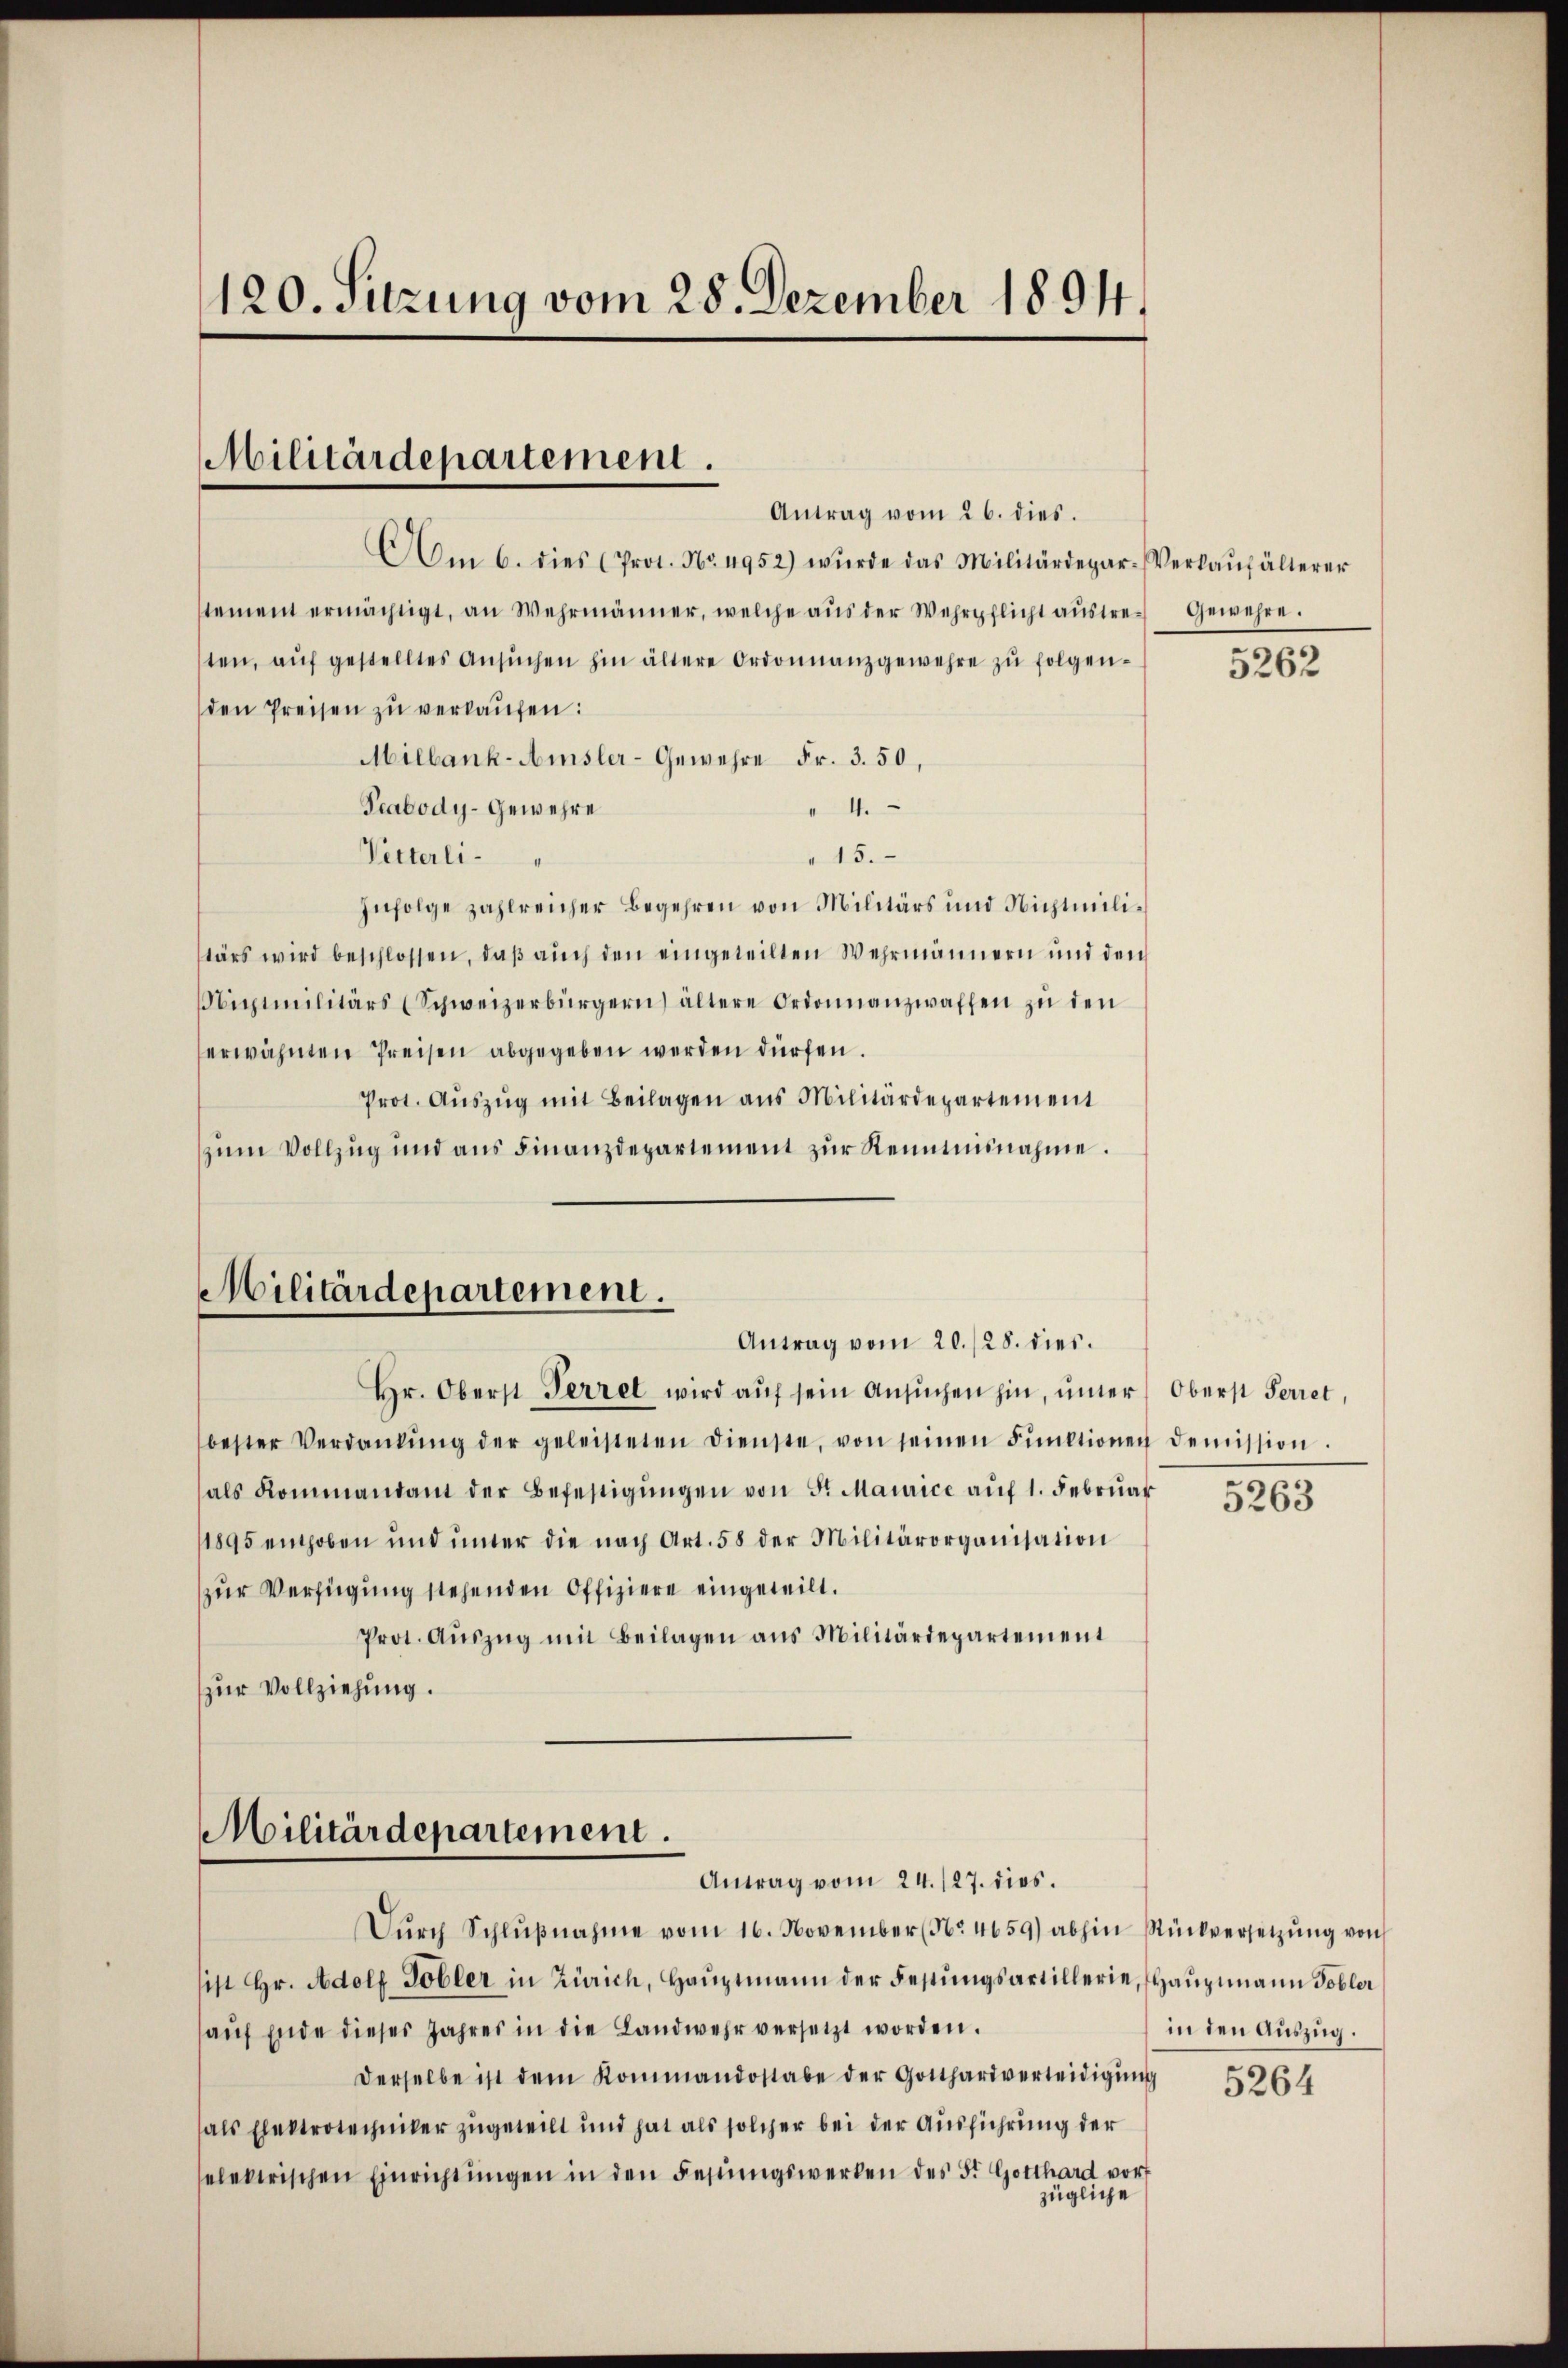
120. Sitzung vom 28. Dezember 1894.

Militärdepartement.

Antrag vom 26. dies
Am 6. dies (Prot. No. 4952) wŭrde das Militärdepar-Verkaŭfälterer
stement ermächtigt, an Wehrmänner, welche aŭs der Wehrpflicht aŭstre Gewehre.
ten, aŭf gestelltes Ansŭchen hin ältere Ordonnanzgewehre zŭ folgen-
den Preisen zu verkaufen:
Millank-Amsler-Gewehre Fr. 3. 50,
Prabody-Gewehre
" 4.
" 15.
Petterli.
Infolge zahlreicher Begehren von Militärs und Nichtmilitärs wird beschlossen, daβ aŭch den eingeteilten Wehrmännern und den
iximilitärs (Schweizerbürgern) ältere Ordonnanzwaffen zu den
erwähnten Preisen abgegeben werden dürfen.
Prot. Aŭszŭg mit Beilagen aus Militärdepartement
zum Vollzug und aus Finanzdepartement zur Kenntnisnahme.
Militärdepartement.
Antrag vom 20./28. dies
Hr. Oberst Perret wird aŭf sein Ansŭchen hin, inter Oberst Feriet,
bester Verdankŭng der geleisteten Dienste, von seinen Funktionen demission.
als Kommandant der Befestigŭngen von Fr. Mairice aŭf 1. Febrŭar
1895 enthoben und unter die nach Art. 58 der Militärorganisation
zur Verfügung stehenden Offiziere eingeteilt.
Prot. Aŭszŭg mit Beilagen ans Militärdepartement
zur Vollziehung.

Dŭrch Schlŭβnahme vom 16. November (No. 4659) abhin Rückversetzŭng von
sist Hr. Adolf Tobler in Zürich, Haŭptmann der Festungsartillerie, (Haŭptmann Tobler
aŭf Ende dieses Jahres in die Landwehr versetzt worden.
derselbe ist dem Kommandostabe der Gotthardverteidigŭng
als Elektrotechniker zugeteilt und hat als solcher bei der Ausführung der
elektrischen Einrichtŭngen in den Festungswerken des St. Gotthard vor
zügliche

Militärdepartement.
Antrag vom 24. 127. dies.

5262

5263

in den Auszug.

5264